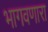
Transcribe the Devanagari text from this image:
भागवणारा